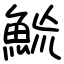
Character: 𩶡